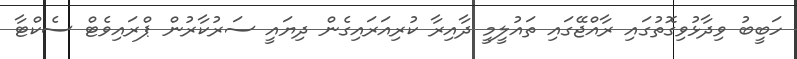
ހަބީބު ވިދާޅުވިގޮތުގައި ރާއްޖޭގައި ތައުލީމީ ދާއިރާ ކުރިއަރައިގެން ދިޔައީ ސަރުކާރުން ޕްރައިވެޓް ސެކްޓާ